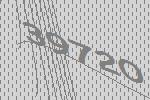
39720